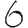
Digit: 6